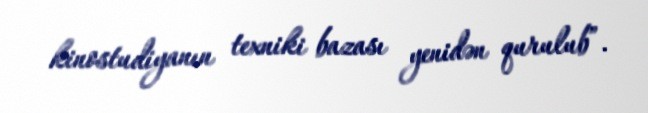
kinostudiyanın texniki bazası yenidən qurulub”.